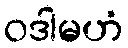
ဝဒါမဟံ